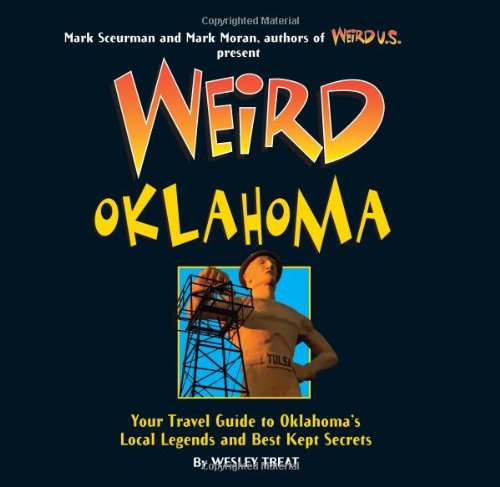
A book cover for Weird Oklahoma: Your Travel Guide to Oklahoma's Local Legends and Best Kept Secrets; Wesley Treat; Humor & Entertainment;